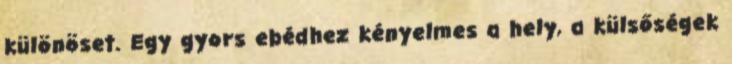
különöset. Egy gyors ebédhez kényelmes a hely, a külsőségek